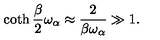
\coth { \frac { \beta } { 2 } } \omega _ { \alpha } \approx { \frac { 2 } { \beta \omega _ { \alpha } } } \gg 1 .